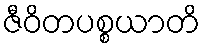
ဇီဝိတပစ္စယာတိ